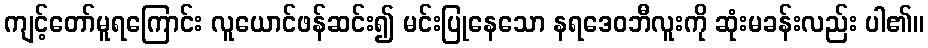
ကျင့်တော်မူရကြောင်း လူယောင်ဖန်ဆင်း၍ မင်းပြုနေသော နရဒေဝဘီလူးကို ဆုံးမခန်းလည်း ပါ၏။